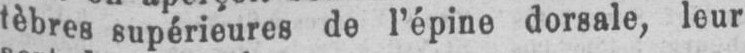
tèbres supérieures de l’épine dorsale, leur